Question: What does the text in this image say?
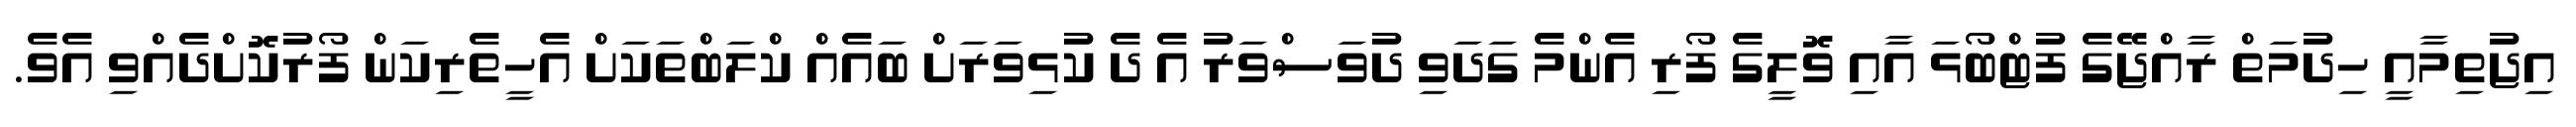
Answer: އިޖުތިމާއީ ހިދުމަތް ރާއްޖޭގެ ފުޓްބޯޅަ އާއި ވޮލީގެ ފޯރި އެންމެ ގަދަވި ދުވަސްވަރު އެ ދެ ކުޅިވަރަށް ބައެއް ކްލަބްތަކަށް އެހީތެރިކަން ފޯރުކޮށްދެއްވި އެވެ.